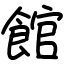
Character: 館